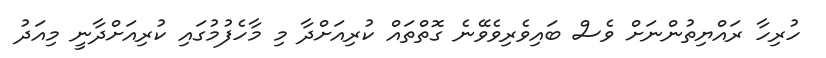
ހުރިހާ ރައްޔިތުންނަށް ވެސް ބައިވެރިވެވޭނެ ގޮތްތައް ކުރިއަށްދާ މި މާހެފުމުގައި ކުރިއަށްދާނީ މިއަދު